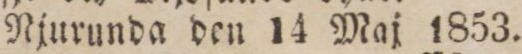
Njurunda den 14 Maj 1853.